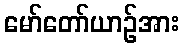
မော်တော်ယာဉ်အား